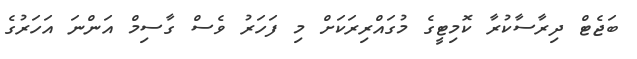
ބަޖެޓް ދިރާސާކުރާ ކޮމިޓީގެ މުގައްރިރަކަށް މި ފަހަރު ވެސް ގާސިމް އަންނަ އަހަރުގެ